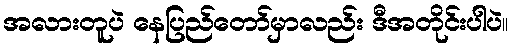
အလားတူပဲ နေပြည်တော်မှာလည်း ဒီအတိုင်းပါပဲ။